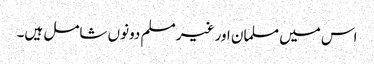
اس میں مسلمان اور غیر مسلم دونوں شامل ہیں۔